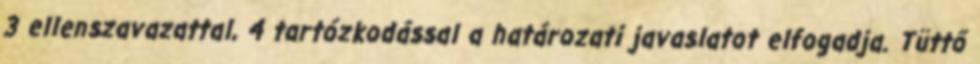
3 ellenszavazattal, 4 tartózkodással a határozati javaslatot elfogadja. Tüttő